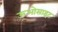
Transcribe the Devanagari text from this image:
ऊओसाइट